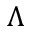
\Lambda